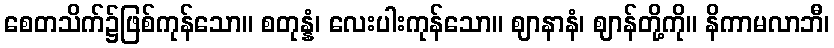
စေတသိက်၌ဖြစ်ကုန်သော။ စတုန္နံ၊ လေးပါးကုန်သော။ ဈာနာနံ၊ ဈာန်တို့ကို။ နိကာမလာဘီ၊